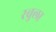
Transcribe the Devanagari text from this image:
रवुला